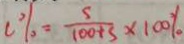
c \% = \frac { s } { 1 0 0 + s } \times 1 0 0 \%